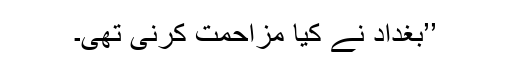
’’بغداد نے کیا مزاحمت کرنی تھی۔